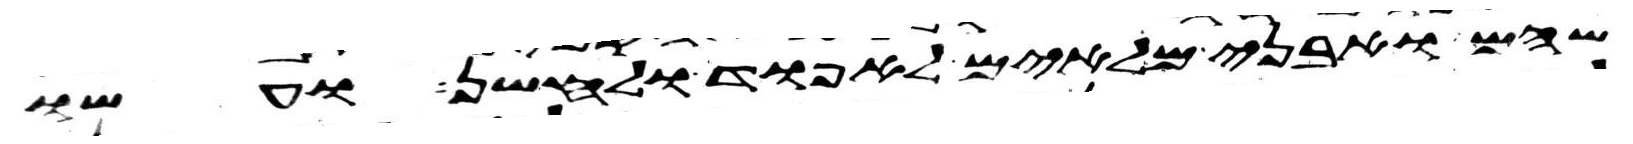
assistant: שהם ואבני מלאים לאפוד ולחשן ועשו